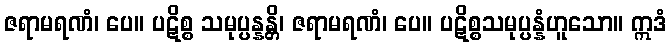
ဇရာမရဏံ၊ ပေ။ ပဋိစ္စ သမုပ္ပန္နန္တိ၊ ဇရာမရဏံ၊ ပေ။ ပဋိစ္စသမုပ္ပန္နံဟူသော။ ဣဒံ